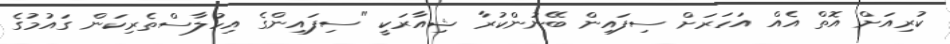
ކުރިއަށް އޮތް އެއް އަހަރަށް ސިފައިން ބޭނުންކުރާ ޝިއާރަކީ "ސިފައިންގެ އިހުލާސްތެރިކަން ގައުމުގެ